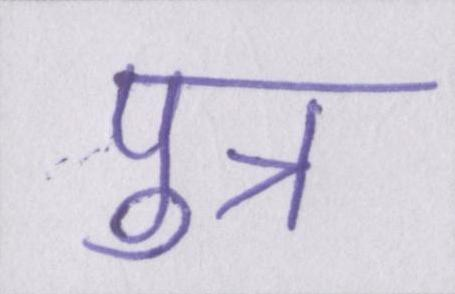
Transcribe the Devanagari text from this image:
पुत्र